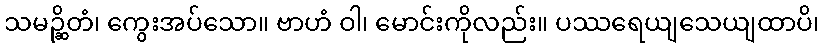
သမဉ္ဆိတံ၊ ကွေးအပ်သော။ ဗာဟံ ဝါ၊ မောင်းကိုလည်း။ ပဿရေယျသေယျထာပိ၊